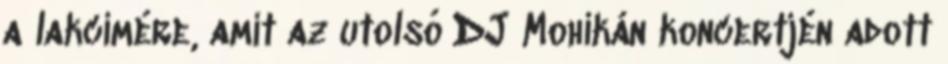
a lakcímére, amit az utolsó DJ Mohikán koncertjén adott